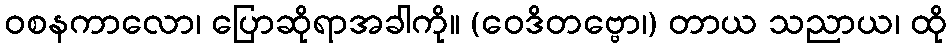
ဝစနကာလော၊ ပြောဆိုရာအခါကို။ (ဝေဒိတဗ္ဗော၊) တာယ သညာယ၊ ထို